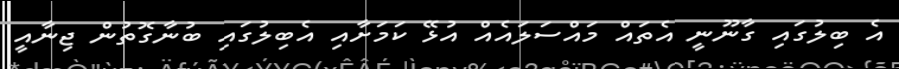
އެ ބިލުގައި ގާނޫނީ އެތައް މައްސަލައެއް އުޅޭ ކަމަށާއި އެބިލުގައި ބުނާގޮތުން ޖިނާއީ